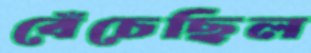
বেঁচেছিল